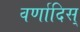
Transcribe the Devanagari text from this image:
वर्णादिस्‌